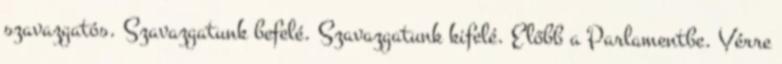
szavazgatós. Szavazgatunk befelé. Szavazgatunk kifelé. Előbb a Parlamentbe. Vérre